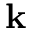
\textbf { k }